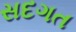
સદગત